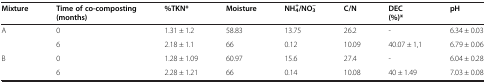
<table><thead><tr><td><b>Mixture</b></td><td><b>Time of co-composting (months)</b></td><td><b>%TKN*</b></td><td><b>Moisture</b></td><td><b>NH<sub>4</sub><sup>+</sup>/NO<sub>3</sub><sup>−</sup></b></td><td><b>C/N</b></td><td><b>DEC (%)*</b></td><td><b>pH</b></td></tr></thead><tbody><tr><td rowspan="2">A</td><td>0</td><td>1.31 ± 1.2</td><td>58.83</td><td>13.75</td><td>26.2</td><td>-</td><td>6.34 ± 0.03</td></tr><tr><td>6</td><td>2.18 ± 1.1</td><td>66</td><td>0.12</td><td>10.09</td><td>40.07 ± 1,1</td><td>6.79 ± 0.06</td></tr><tr><td rowspan="2">B</td><td>0</td><td>1.28 ± 1.09</td><td>60.97</td><td>15.6</td><td>27.4</td><td>-</td><td>6.04 ± 0.28</td></tr><tr><td>6</td><td>2.28 ± 1.21</td><td>66</td><td>0.14</td><td>10.08</td><td>40 ± 1.49</td><td>7.03 ± 0.08</td></tr></tbody></table>